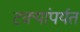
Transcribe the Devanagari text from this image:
टक्यांपर्यत